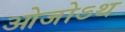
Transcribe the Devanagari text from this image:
ओजोऽथ